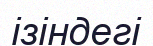
ізіндегі